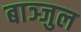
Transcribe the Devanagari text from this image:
बाञ्जुल